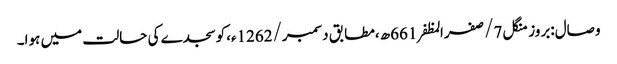
وصال:بروز منگل 7/صفرالمظفر661ھ،مطابق دسمبر/1262ء،کوسجدے کی حالت میں ہوا۔